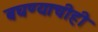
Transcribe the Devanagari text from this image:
बघण्याचीही